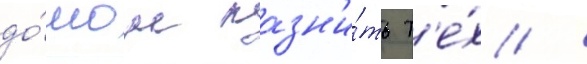
до́лгом казн'и́ть т'е́х /